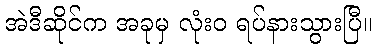
အဲဒီဆိုင်က အခုမှ လုံးဝ ရပ်နားသွားပြီ။